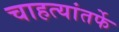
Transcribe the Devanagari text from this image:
चाहत्यांतर्फे